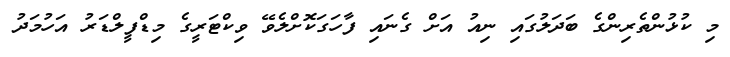
މި ކުޅުންތެރިންގެ ބަދަލުގައި ނިއު އަށް ގެނައި ފާހަގަކޮށްލެވޭ ވިކްޓަރީގެ މިޑްފީލްޑަރު އަހުމަދު